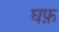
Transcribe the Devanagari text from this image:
घफ़